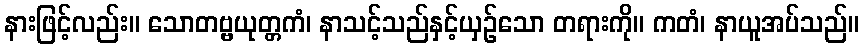
နားဖြင့်လည်း။ သောတဗ္ဗယုတ္တကံ၊ နာသင့်သည်နှင့်ယှဉ်သော တရားကို။ ကတံ၊ နာယူအပ်သည်။